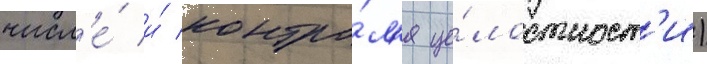
числ'е́ и́ контро́л'я це́лостност'и)